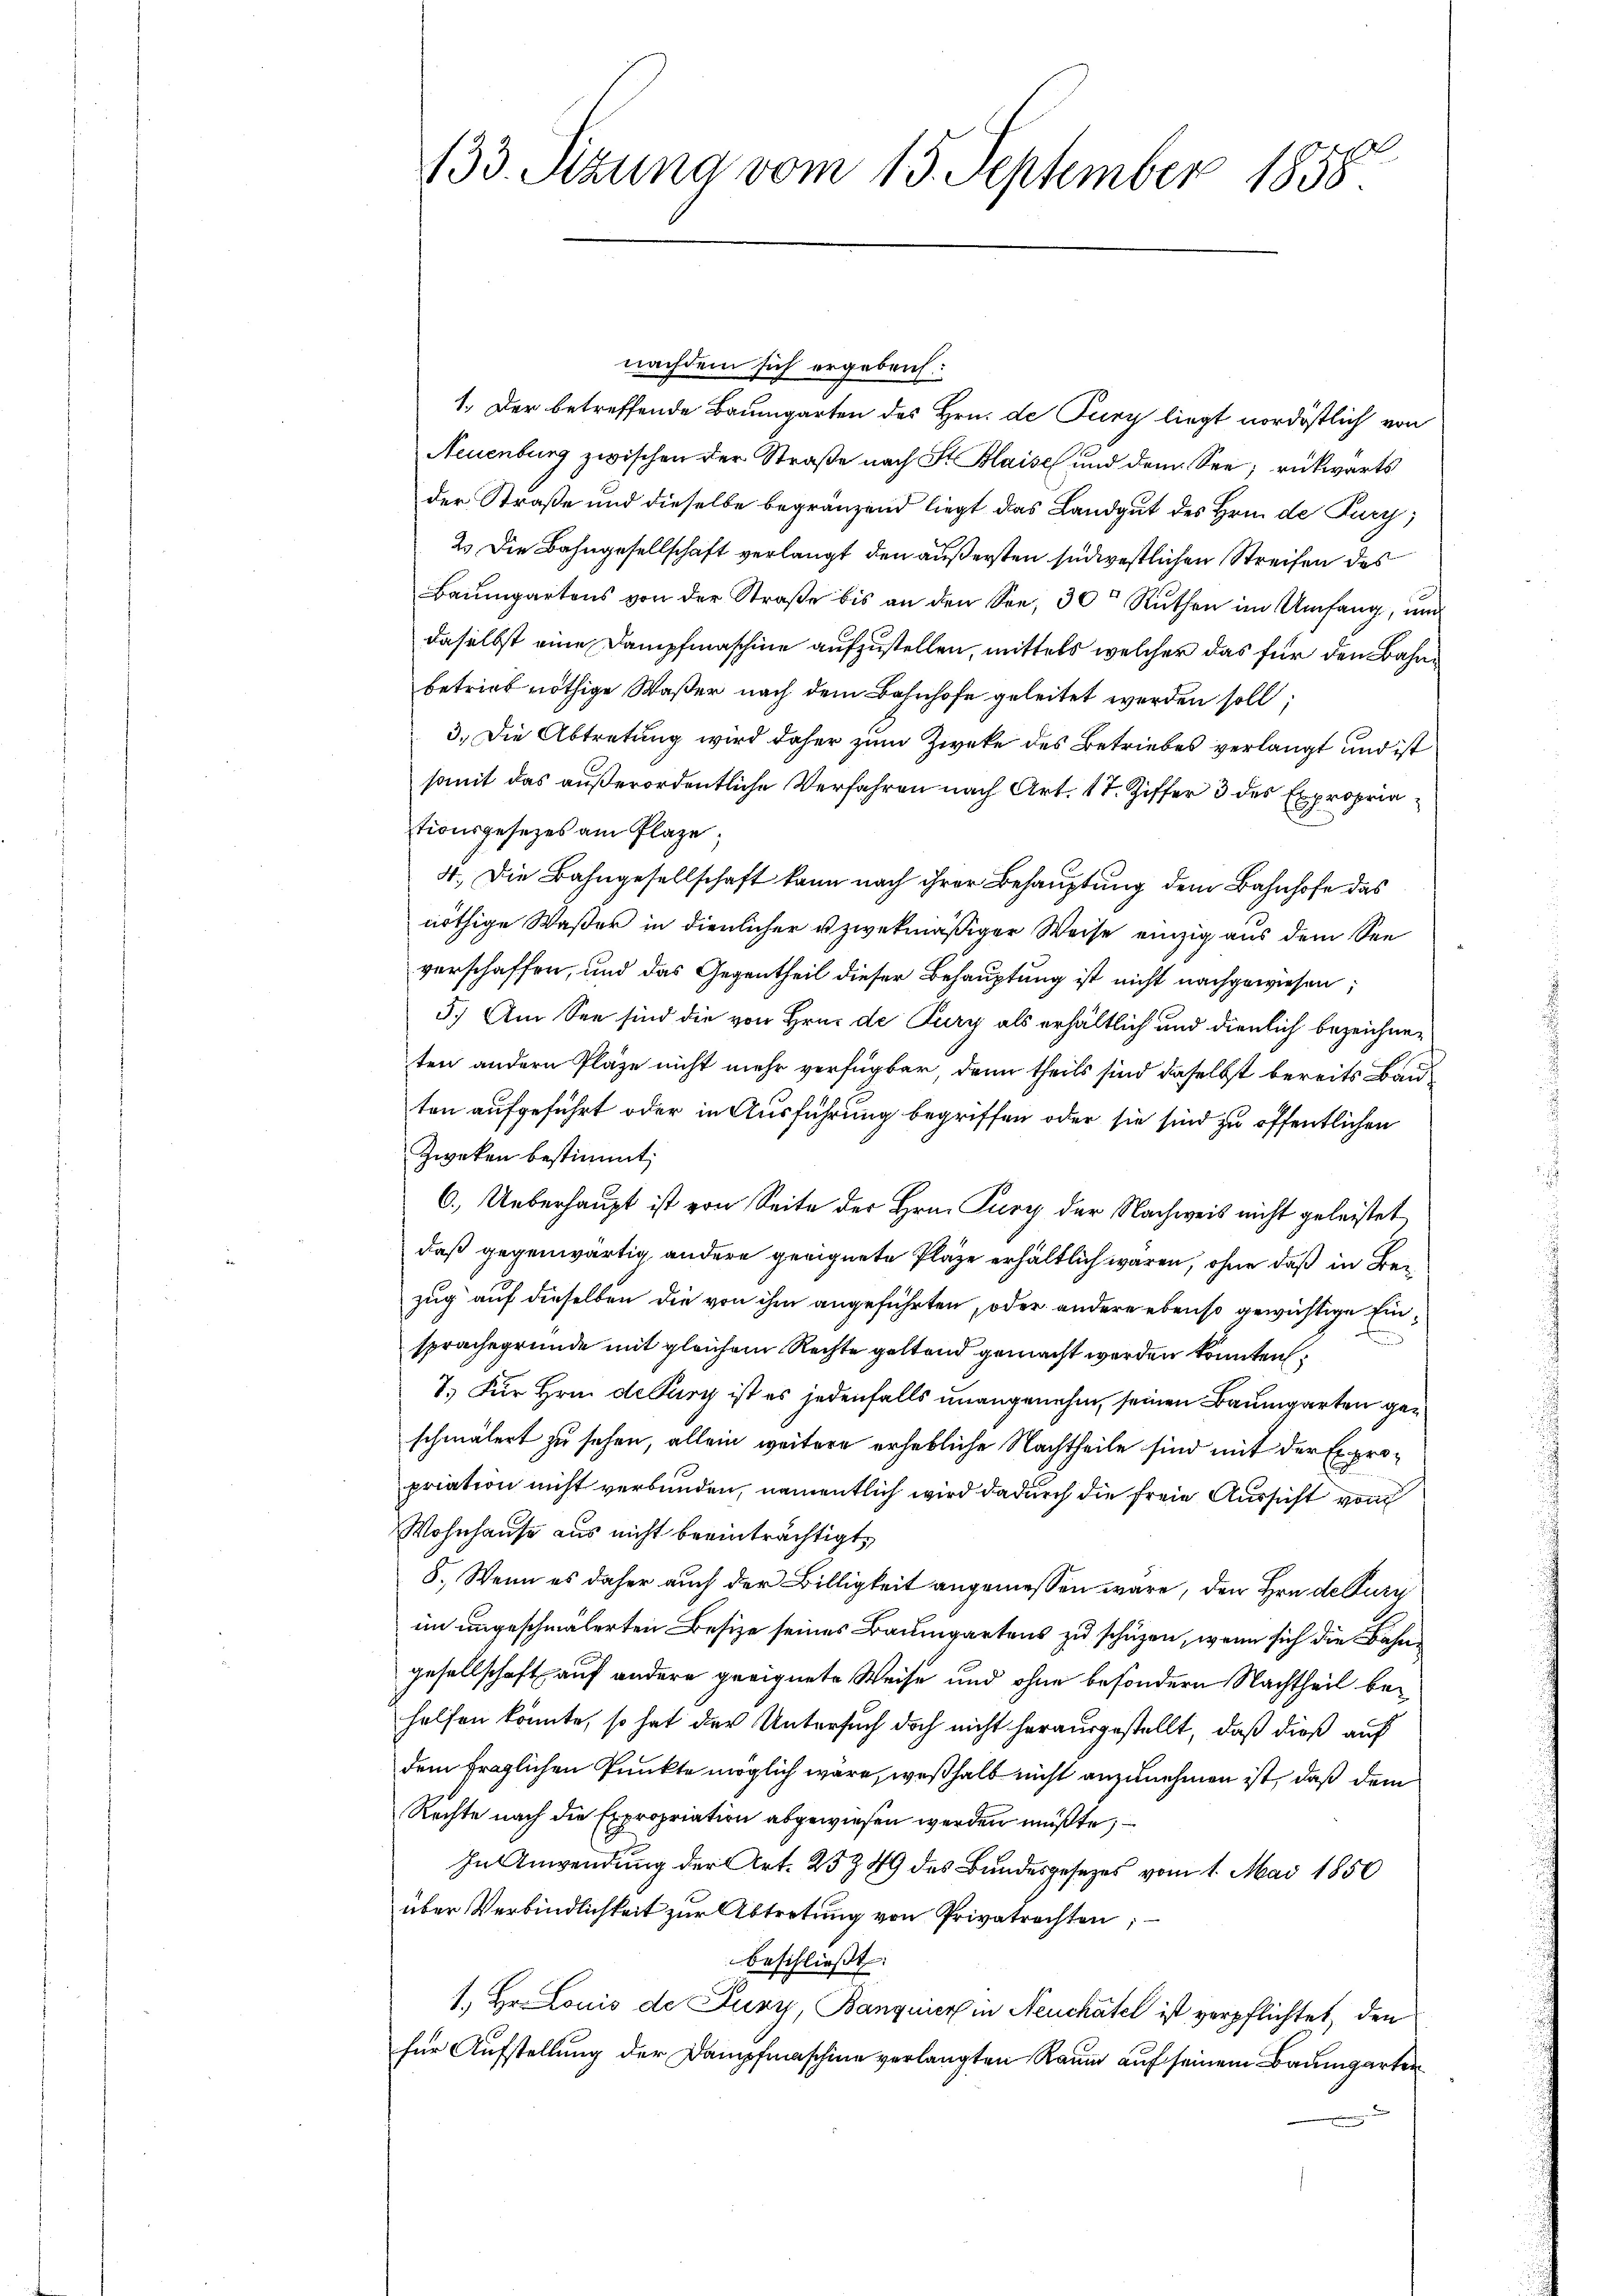
133. Sizung vom 15. September 1858.

nachdem sich ergeben:
1. Der betreffende Baumgarten des Hrn. de Pury liegt nordöstlich von
Neuenburg zwischen der Straße nach St. Blaise und dem See, rückwärts
der Straße und dieselbe begränzend liegt das Landgut des Hrn. de Tury,
2. Die Bahngesellschaft verlangt den äußersten südwestlichen Streifen des
Baumgartens von der Straβe bis an den See, 30t Ruthen im Umfang, und
daselbst eine Dampfmaschine aufzustellen, mittels welcher das für den Bahnbetrief nöthige Waßer nach dem Bahnhofe geleitet werden soll;
3.) Die Abtretung wird daher zum Zweke des Betriebes verlangt und ist
somit das außerordentliche Verfahren nach Art. 17. Ziffer 3 des Expropriationsgesetzes am Plaze,
4. Die Bahngesellschaft kann nach ihrer Behauptung dem Bahnhofe das
nöthige Waßer in dienlicher u zwekmäßiger Weise einzig aus dem Seeverschaffen, und das Gegentheil dieser Behauptung ist nicht nachgewiesen;
5.) Am See sind die von Hrn. de Tury als erhältlich und dienlich bezeichnen
ten andern Pläze nicht mehr verfügbar, denn theils sind daselbst bereits Bauton aufgeführt oder in Ausführung begriffen oder sie sind zu öffentlichen
Zweken bestimmt;
6.) Ueberhaupt ist von Seite des Hrn. Pury der Nachweis nicht geleistet
daß gegenwärtig, andere geeignete Plaze erhältlich waren, ohne daß in Bezug auf dieselben die von ihm angeführten, oder andere ebenso gewichtige Einsprachegrunde mit gleichem Rechte geltend gemacht werden könnten.
7. Für Hrn. de Burg ist es jedenfalls unangenehm, seinen Baumgarten geschmälert zu sehen, allein weitere erhebliche Nachtheile sind mit der Expropriation nicht verbunden, namentlich wird dadurch die freie Aussicht von
Wohnhause aus nicht beeinträchtigt,
8. Wenn es daher auch der Billigkeit angemessen wäre, den Hrn de Puri
im ungeschmälerten Besize seines Baumgartens zu schüzen, wenn sich die Bahngesellschaft auf andere geeignete Weise und ohne besondern Nachtheil behelfen könnte, so hat der Untersuch doch nicht herausgestellt, daß dieß auf
dem fraglichen Punkte möglich wäre, weßhalb nicht anzunehmen ist, daß dem
Rechte nach die Expropriation abgewiesen werden müßte,
In Anwendung der Art. 25 § 49 des Bundesgesezes vom 1. Mai 1850
über Verbindlichkeit zur Abtretung von Privatrechten;
beschließt:
1. Hr. Louis de Pury, Banquier in Neuchâtel ist verpflichtet, den
für Aufstellung der Dampfmaschine verlangten Raum auf seinem Baumgarten